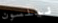
نيلسون